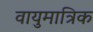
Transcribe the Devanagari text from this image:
वायुमात्रिक